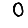
Digit: 0